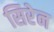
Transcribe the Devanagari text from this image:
सिरेन